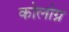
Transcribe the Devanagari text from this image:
कोलोग्न